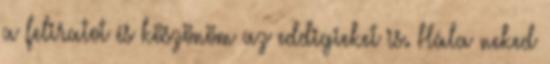
a feliratot és köszönöm az eddigieket is. Hála neked